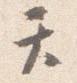
て